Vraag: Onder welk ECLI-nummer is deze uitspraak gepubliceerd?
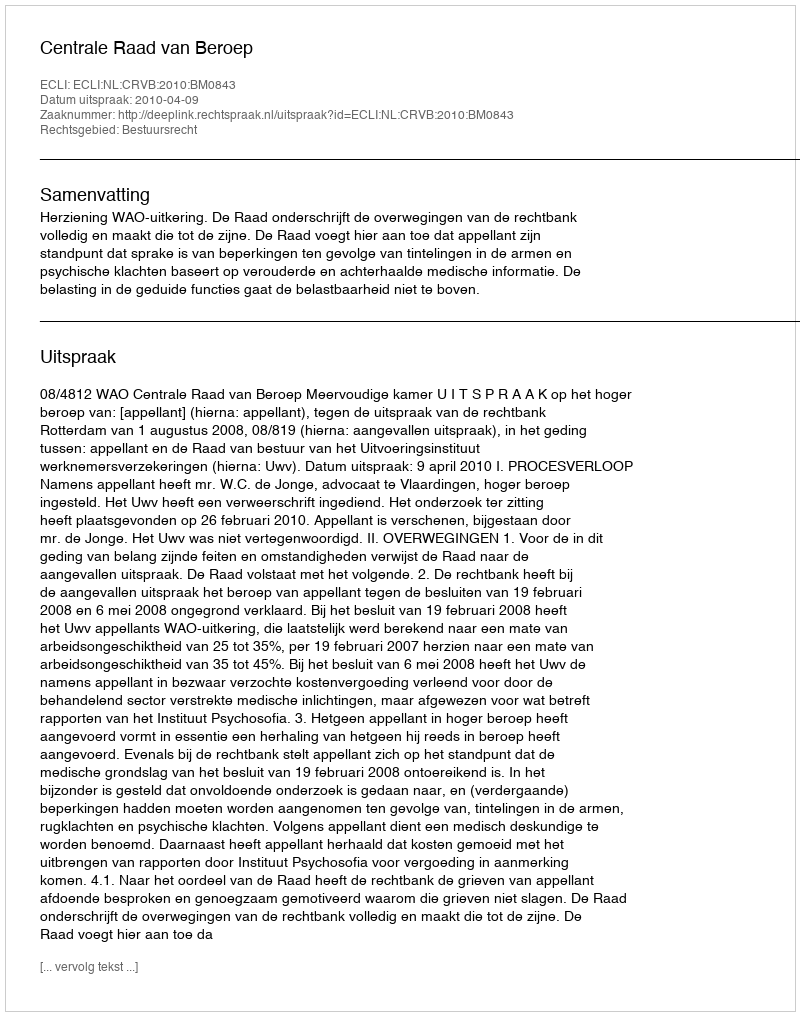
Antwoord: ECLI:NL:CRVB:2010:BM0843